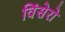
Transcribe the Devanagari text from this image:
विंसेरो